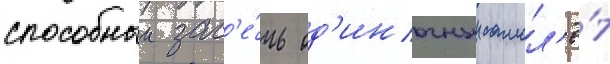
способныи зас'е́чь од'иночныи самол'ё́т